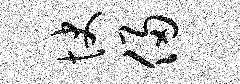
快侵